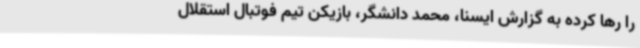
را رها کرده به گزارش ایسنا، محمد دانشگر، بازیکن تیم فوتبال استقلال